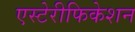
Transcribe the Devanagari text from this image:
एस्टेरीफिकेशन